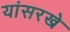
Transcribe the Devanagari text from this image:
यांसरखे